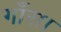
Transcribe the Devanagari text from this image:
गाँस।